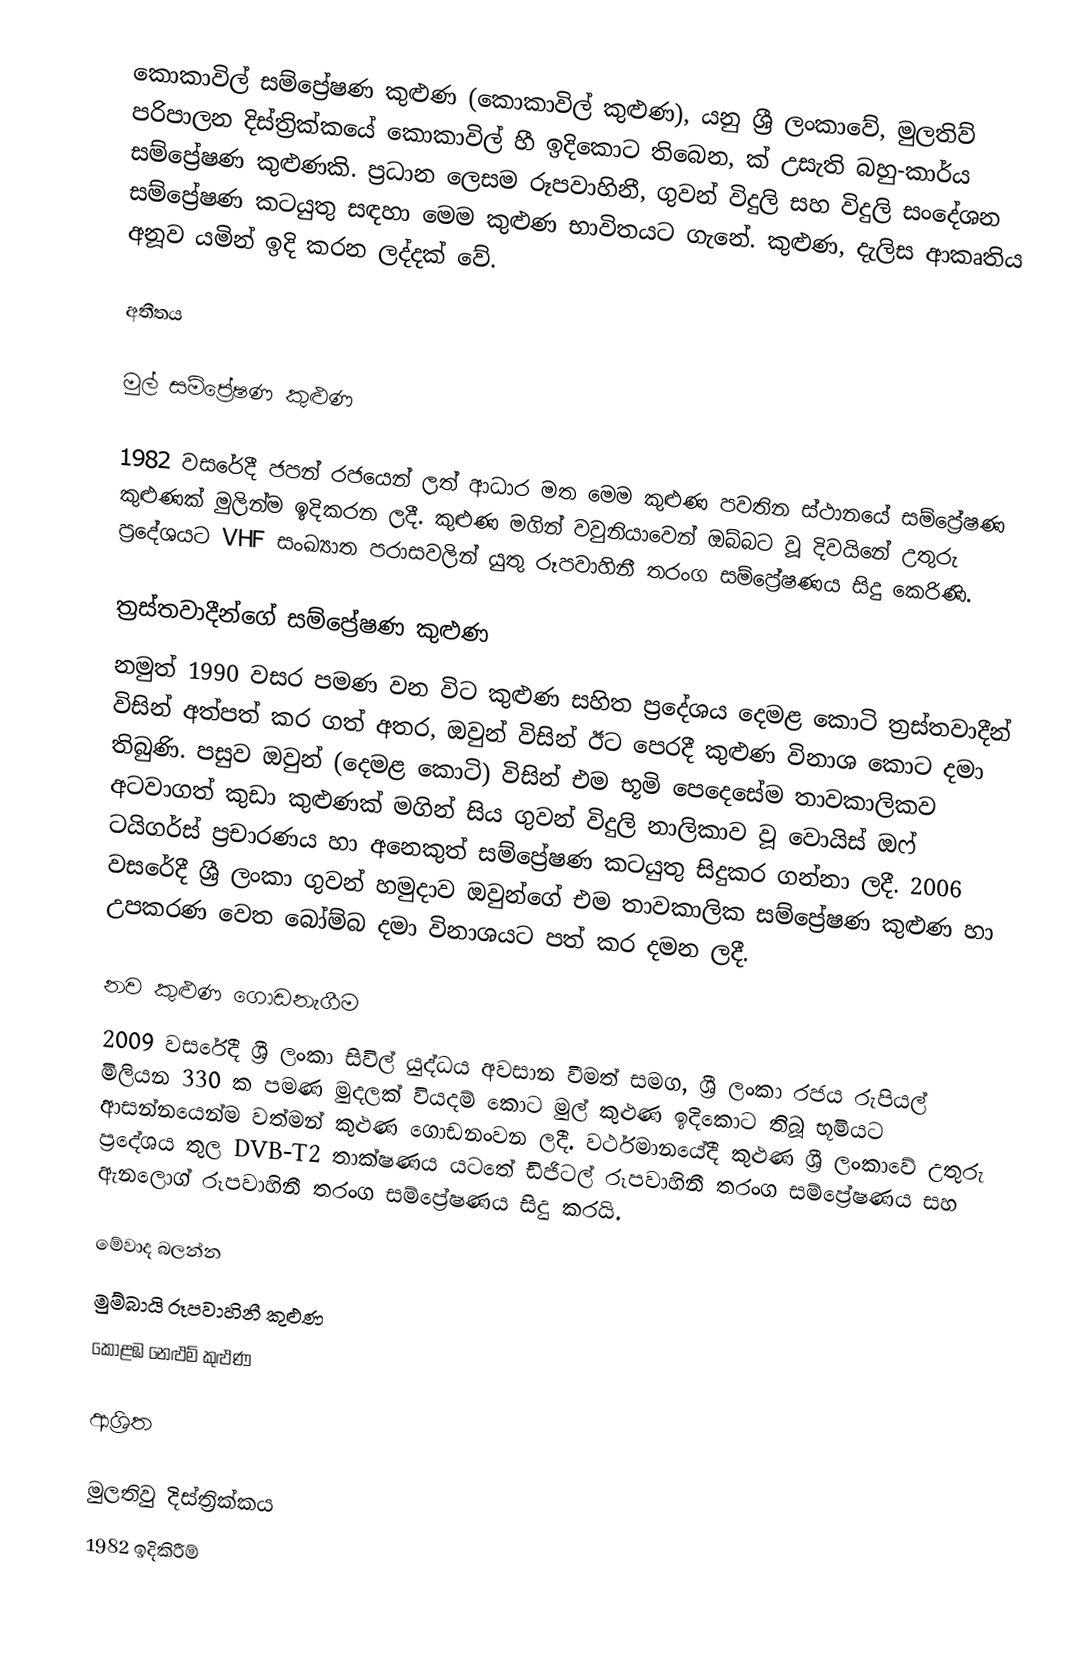
කොකාවිල් සම්ප්‍රේෂණ කුළුණ (කොකාවිල් කුළුණ), යනු ශ්‍රී ලංකාවේ, මුලතිව් පරිපාලන දිස්ත්‍රික්කයේ කොකාවිල් හී ඉදිකොට තිබෙන,  ක් උසැති බහු-කාර්ය සම්ප්‍රේෂණ කුළුණකි. ප්‍රධාන ලෙසම රූපවාහිනී, ගුවන් විදුලි සහ විදුලි සංදේශන සම්ප්‍රේෂණ කටයුතු සඳහා මෙම කුළුණ භාවිතයට ගැනේ. කුළුණ, දැලිස ආකෘතිය අනූව යමින් ඉදි කරන ලද්දක් වේ.

අතීතය

මුල් සම්ප්‍රේෂණ කුළුණ

1982 වසරේදී ජපන් රජයෙන් ලත් ආධාර මත මෙම කුළුණ පවතින ස්ථානයේ සම්ප්‍රේෂණ කුළුණක් මුලින්ම ඉදිකරන ලදී. කුළුණ මගින් වවුනියාවෙන් ඔබ්බට වූ දිවයිනේ උතුරු ප්‍රදේශයට VHF සංඛ්‍යාත පරාසවලින් යුතු රූපවාහිනී තරංග සම්ප්‍රේෂණය සිදු කෙරිණි.

ත්‍රස්තවාදීන්ගේ සම්ප්‍රේෂණ කුළුණ
නමුත් 1990 වසර පමණ වන විට කුළුණ සහිත ප්‍රදේශය දෙමළ කොටි ත්‍රස්තවාදීන් විසින් අත්පත් කර ගත් අතර, ඔවුන් විසින් ඊට පෙරදී කුළුණ විනාශ කොට දමා තිබුණි. පසුව ඔවුන් (දෙමළ කොටි) විසින් එම භූමි පෙදෙසේම තාවකාලිකව අටවාගත් කුඩා කුළුණක් මගින් සිය ගුවන් විදුලි නාලිකාව වූ වොයිස් ඔෆ් ටයිගර්ස් ප්‍රචාරණය හා අනෙකුත් සම්ප්‍රේෂණ කටයුතු සිදුකර ගන්නා ලදී. 2006 වසරේදී ශ්‍රී ලංකා ගුවන් හමුදාව ඔවුන්ගේ එම තාවකාලික සම්ප්‍රේෂණ කුළුණ හා උපකරණ වෙත බෝම්බ දමා විනාශයට පත් කර දමන ලදී.

නව කුළුණ ගොඩනැගීම
2009 වසරේදී ශ්‍රී ලංකා සිවිල් යුද්ධය අවසාන වීමත් සමග, ශ්‍රී ලංකා රජය රුපියල් මිලියන 330 ක පමණ මුදලක් වියදම් කොට මුල් කුළුණ ඉදිකොට තිබූ භූමියට ආසන්නයෙන්ම වත්මන් කුළුණ ගොඩනංවන ලදී. වර්ථමානයේදී කුළුණ ශ්‍රී ලංකාවේ උතුරු ප්‍රදේශය තුල DVB-T2 තාක්ෂණය යටතේ ඩිජිටල් රූපවාහිනී තරංග සම්ප්‍රේෂණය සහ ඇනලොග් රූපවාහිනී තරංග සම්ප්‍රේෂණය සිදු කරයි.

මේවාද බලන්න
මුම්බායි රූපවාහිනී කුළුණ
කොළඹ නෙළුම් කුළුණ

ආශ්‍රිත

මුලතිවු දිස්ත්‍රික්කය
1982 ඉදිකිරීම්